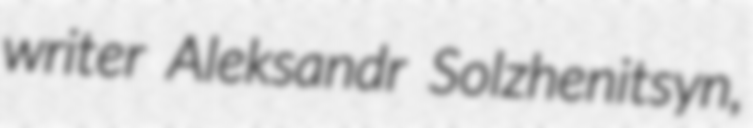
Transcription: writer Aleksandr Solzhenitsyn,